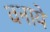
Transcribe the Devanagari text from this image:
वनाये